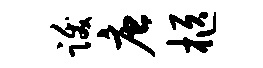
跋唐柩